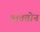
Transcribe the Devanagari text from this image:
हाततोन